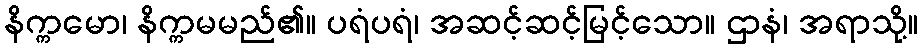
နိက္ကမော၊ နိက္ကမမည်၏။ ပရံပရံ၊ အဆင့်ဆင့်မြင့်သော။ ဌာနံ၊ အရာသို့။